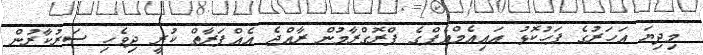
މިދިޔަ އަހަރުގެ ފަހުކޮޅު އައިއެމްއެފްގެ ޕްރޮގްރާމުން ރާއްޖެ އެއްފަރާތް ކުރީ ދިވެހި ސަރުކާރުން